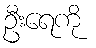
ဦးရေကို